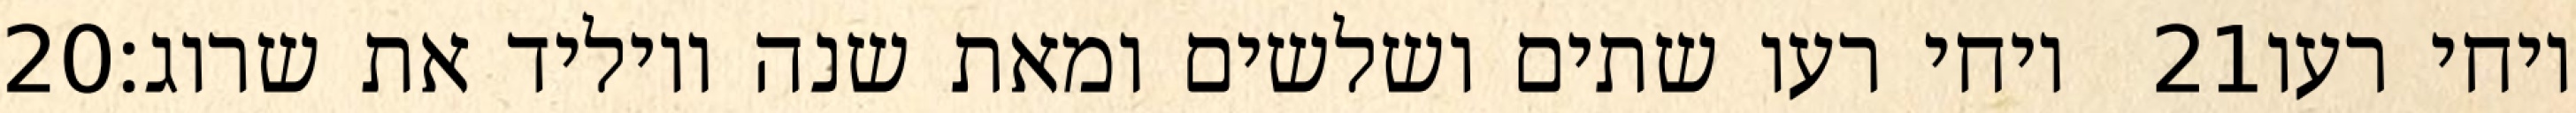
‎20‏ ויחי רעו שתים ושלשים ומאת שנה ויוליד את שרוג׃ ‎21‏ ויחי רעו